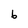
Character: 6